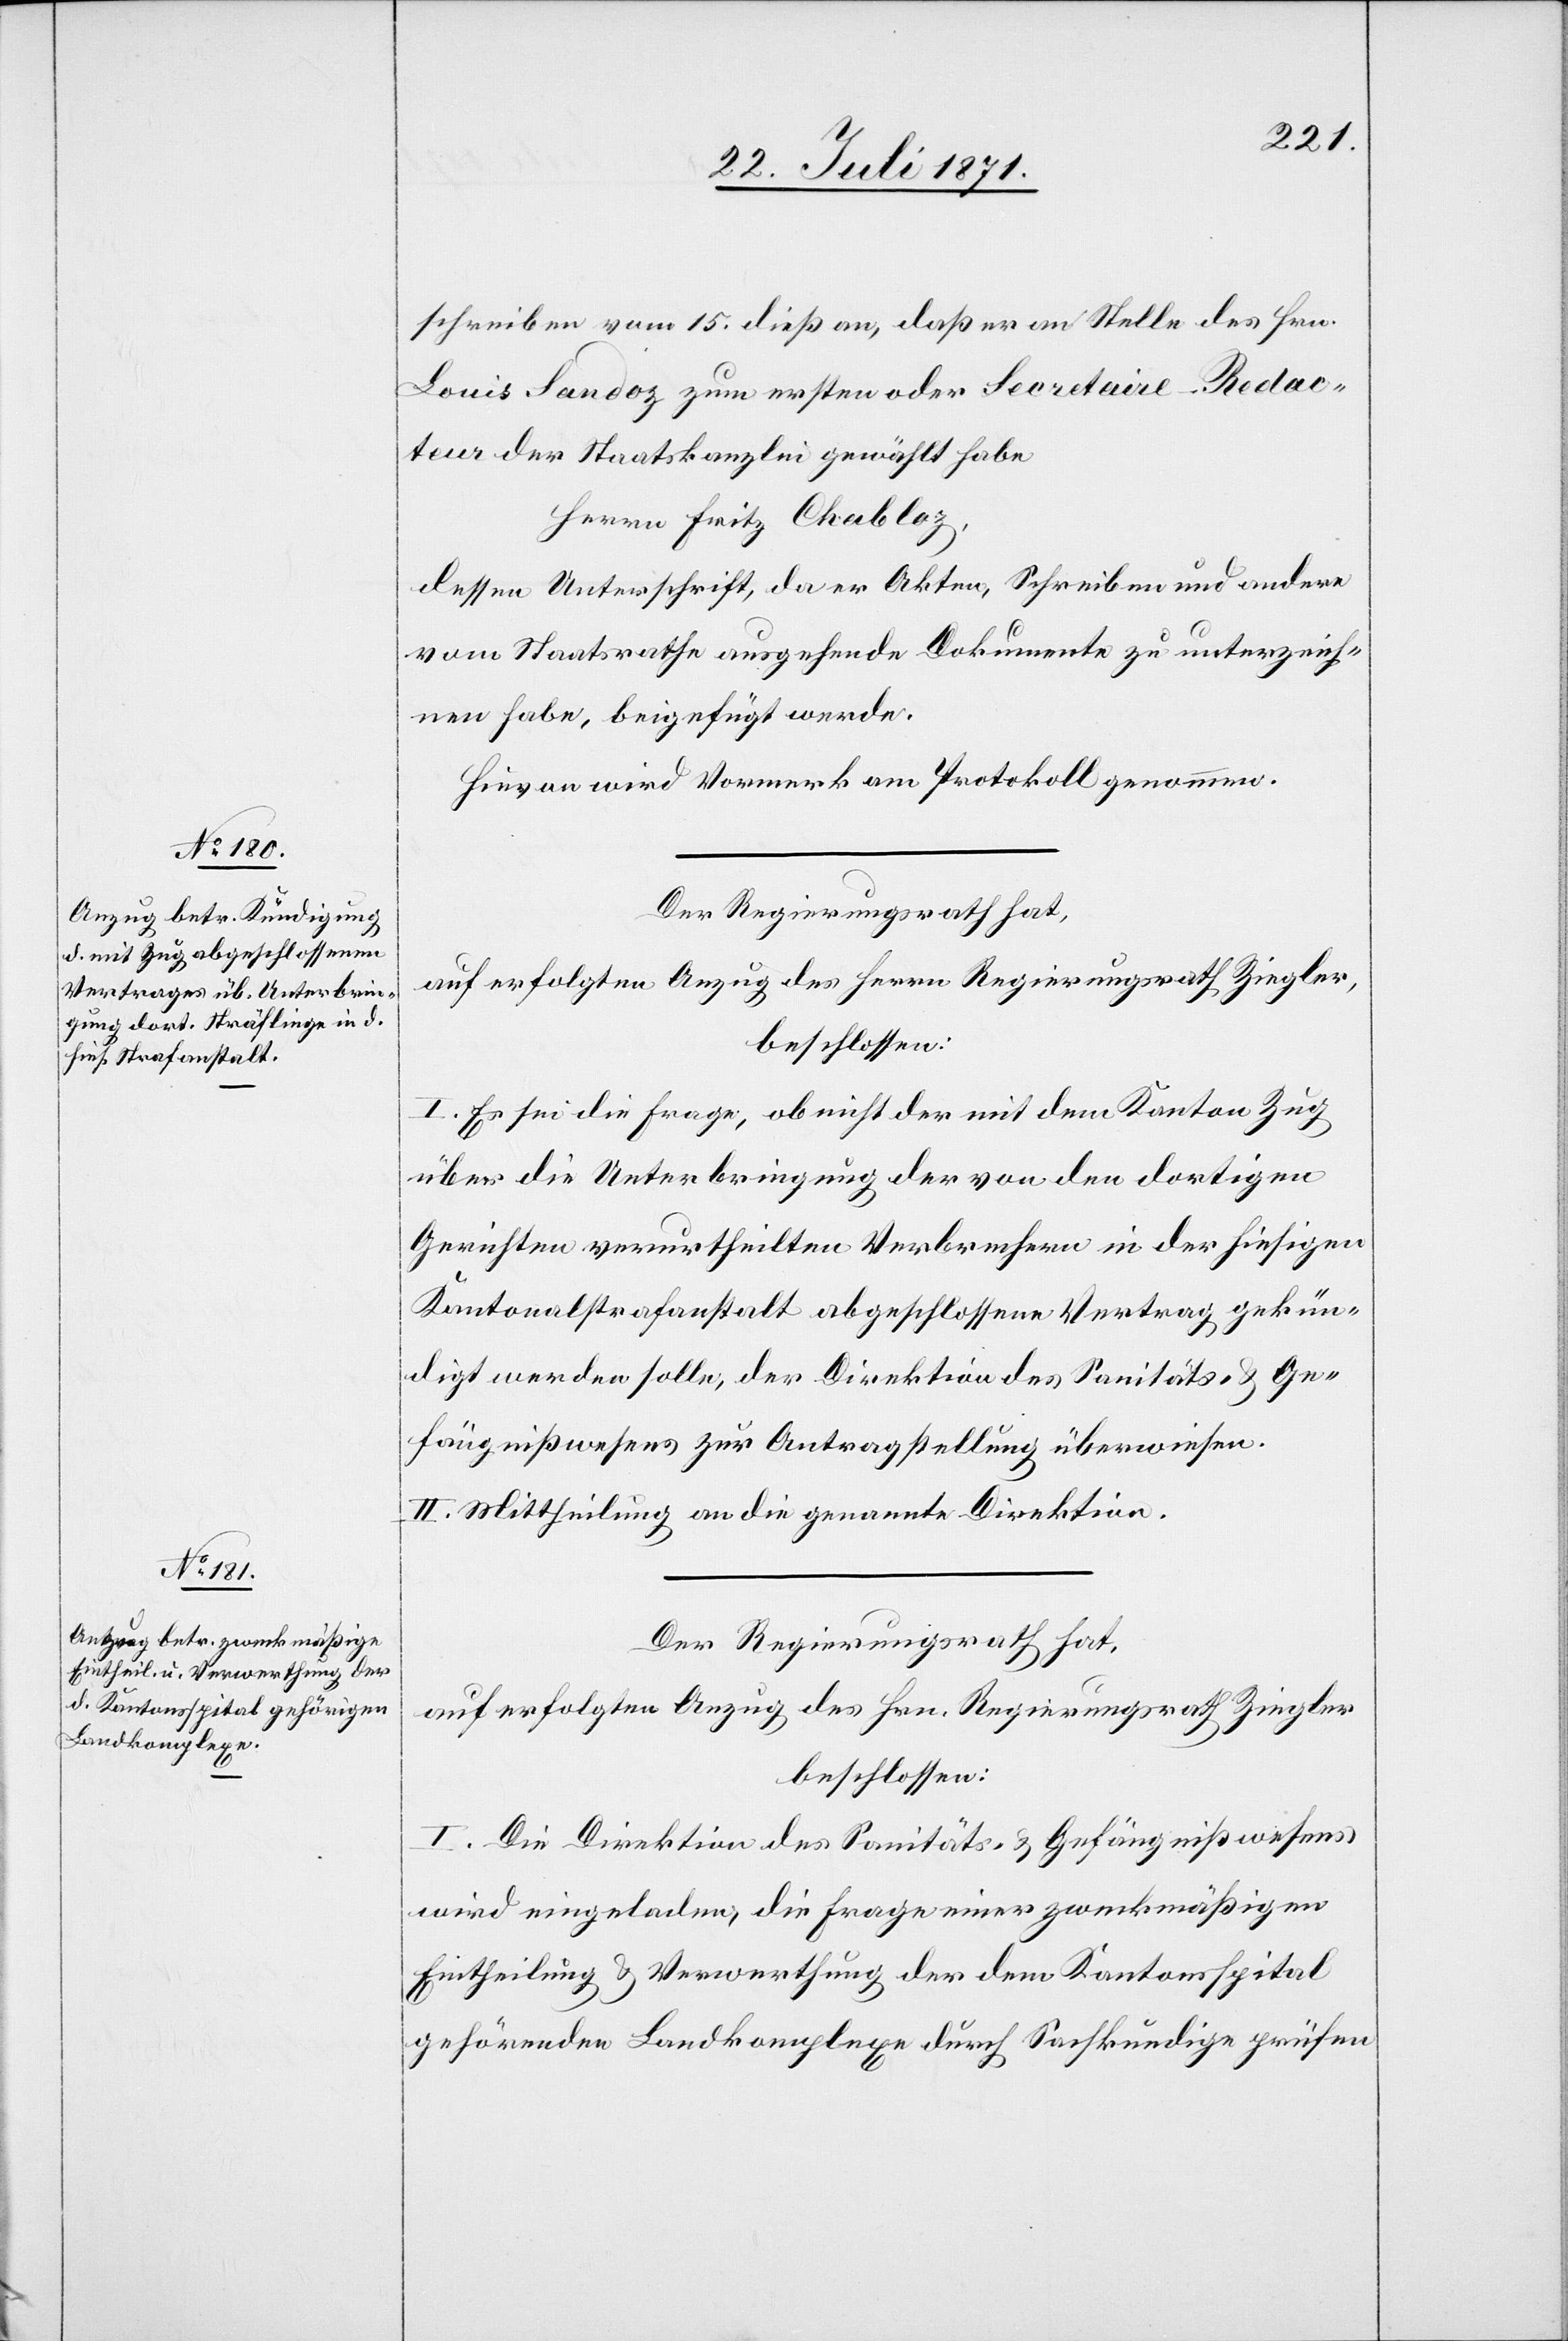
schreiben vom 15. dieß an, daß er an Stelle des Hrn.
Louis Sandoz zum ersten oder Secretaire-Redac¬
teur der Staatskanzlei gewählt habe
Herrn Fritz Chabloz,
dessen Unterschrift, da er Akten, Schreiben und andere
vom Staatsrathe ausgehende Dokumente zu unterzeich¬
nen habe, beigefügt werde.
Hievon wird Vormerk am Protokoll genommen.
Der Regierungsrath hat,
auf erfolgten Anzug des Herrn Regierungsrath Ziegler,
beschlossen:
I. Es sei die Frage, ob nicht der mit dem Kanton Zug
über die Unterbringung der von den dortigen
Gerichten verurtheilten Verbrechern in der hiesigen
Kantonalstrafanstalt abgeschlossene Vertrag gekün¬
digt werden solle, der Direktion des Sanitäts- u. Ge¬
fängnißwesens zur Antragstellung überwiesen.
II. Mittheilung an die genannte Direktion.
Der Regierungsrath hat,
auf erfolgten Anzug des Hrn. Regierungsrath Ziegler
beschlossen:
I. Die Direktion des Sanitäts- u. Gefängnißwesens
wird eingeladen, die Frage einer zweckmäßigen
Eintheilung u. Verwerthung der dem Kantonsspital
gehörenden Landkomplexe durch Sachkundige prüfen